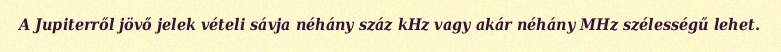
A Jupiterről jövő jelek vételi sávja néhány száz kHz vagy akár néhány MHz szélességű lehet.